Indian Civil Veterinary Department memoirs
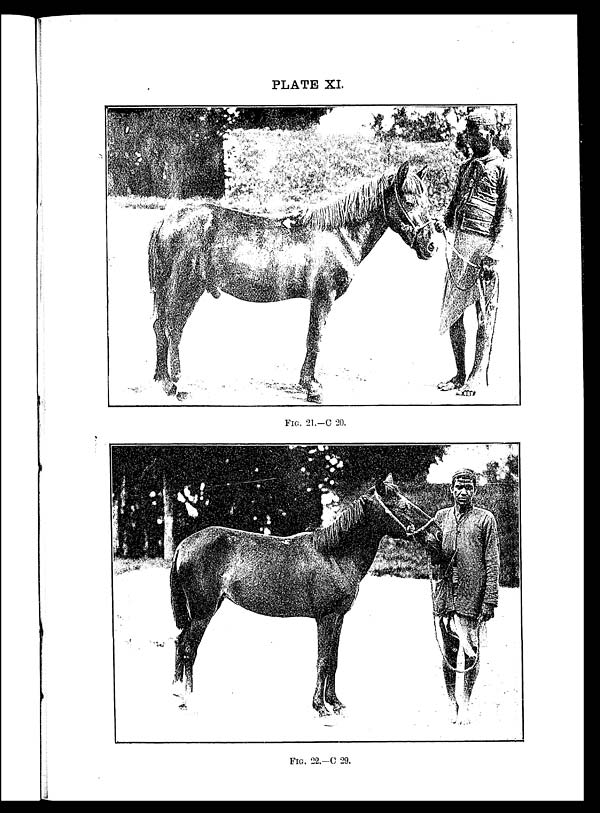
PLATE XI.
FIG. 21.—C 20.
FIG. 22.—C 29.